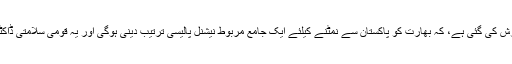
اس کے علاوہ یہ بھی سفارش کی گئی ہے، کہ بھارت کو پاکستان سے نمٹنے کیلئے ایک جامع مربوط نیشنل پالیسی ترتیب دینی ہوگی اور یہ قومی سلامتی ڈاکٹرین کا حصہ ہونی چایئے۔